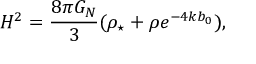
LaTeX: H ^ { 2 } = \frac { 8 \pi G _ { N } } { 3 } ( \rho _ { \star } + \rho e ^ { - 4 k b _ { 0 } } ) ,